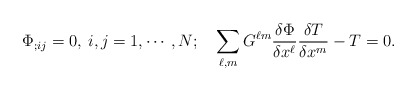
\begin{align*}\Phi_{;ij}=0, \> i,j=1,\cdots, N;\quad\sum_{\ell,m}G^{\ell m } {{\delta \Phi} \over {\delta x^{\ell}}}{{\delta T} \over {\delta x^{m}}} - T = 0.\end{align*}